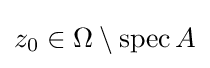
z_{0}\in \Omega \setminus \operatorname {spec} A